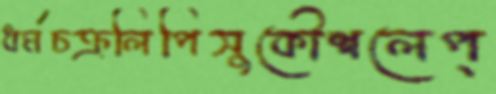
ধর্মচক্রলিপিসুকৌশলেপ্